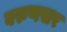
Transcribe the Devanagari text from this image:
वरुणसर